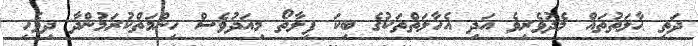
ދަތި ޙާލަތުތައް މެދުވެރިވެ އަދި އެހާލަތްތަކުގެ ބިކަ ފިލާތޯ މިއަދުވެސް ހިންމަތްކުރަމުންދާ ދިވެހި